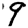
Digit: 9